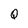
Character: Q